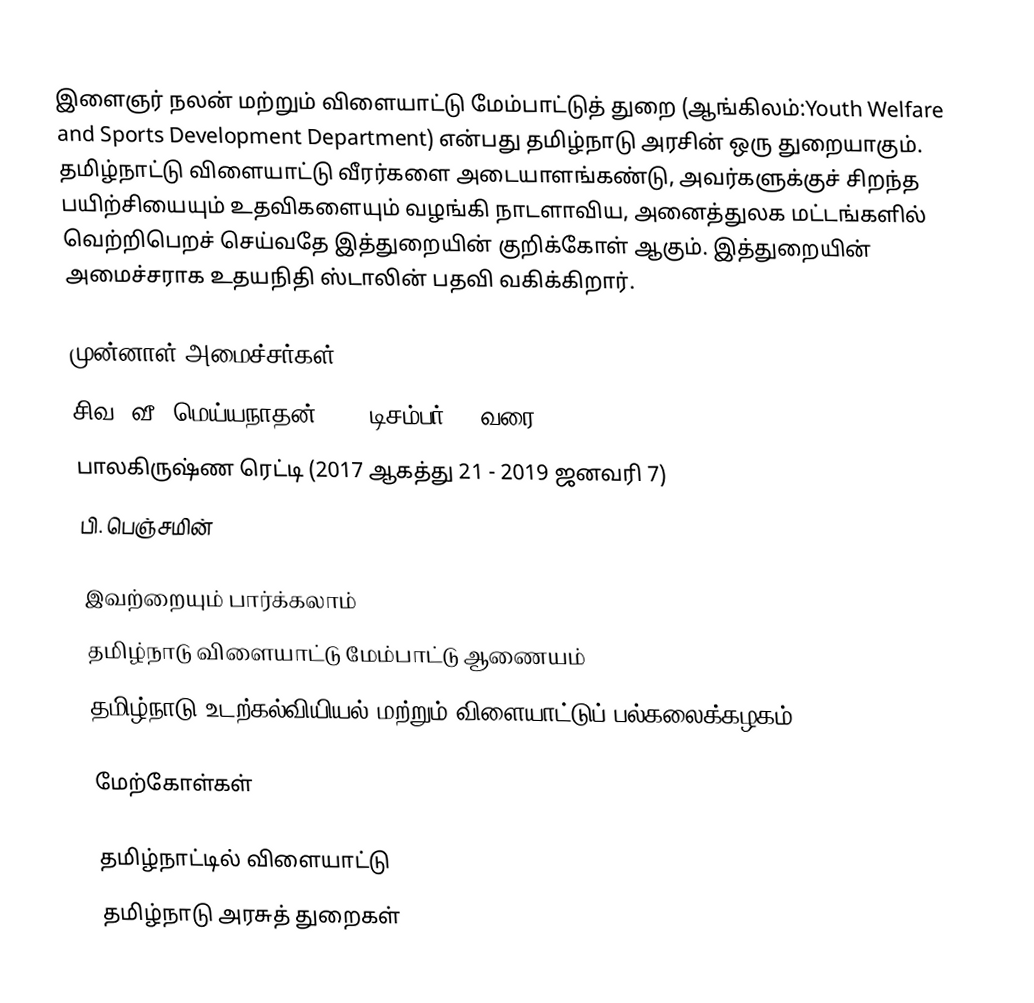
இளைஞர் நலன் மற்றும் விளையாட்டு மேம்பாட்டுத் துறை (ஆங்கிலம்:Youth Welfare and Sports Development Department) என்பது தமிழ்நாடு அரசின் ஒரு துறையாகும். தமிழ்நாட்டு விளையாட்டு வீரர்களை அடையாளங்கண்டு, அவர்களுக்குச் சிறந்த பயிற்சியையும் உதவிகளையும் வழங்கி நாடளாவிய, அனைத்துலக மட்டங்களில் வெற்றிபெறச் செய்வதே இத்துறையின் குறிக்கோள் ஆகும். இத்துறையின் அமைச்சராக உதயநிதி ஸ்டாலின் பதவி வகிக்கிறார்.

முன்னாள் அமைச்சர்கள்
 சிவ. வீ. மெய்யநாதன்(2022 டிசம்பர் 13 வரை)
 பாலகிருஷ்ண ரெட்டி (2017 ஆகத்து 21 - 2019 ஜனவரி 7)
 பி. பெஞ்சமின்

இவற்றையும் பார்க்கலாம்
 தமிழ்நாடு விளையாட்டு மேம்பாட்டு ஆணையம்
 தமிழ்நாடு உடற்கல்வியியல் மற்றும் விளையாட்டுப் பல்கலைக்கழகம்

மேற்கோள்கள்

தமிழ்நாட்டில் விளையாட்டு
தமிழ்நாடு அரசுத் துறைகள்